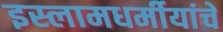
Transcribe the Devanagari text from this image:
इस्लामधर्मीयांचे